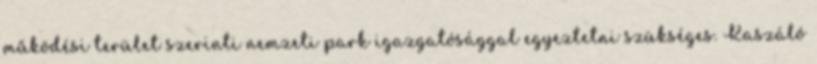
működési terület szerinti nemzeti park igazgatósággal egyeztetni szükséges. Kaszáló